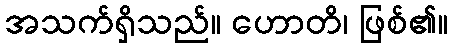
အသက်ရှိသည်။ ဟောတိ၊ ဖြစ်၏။